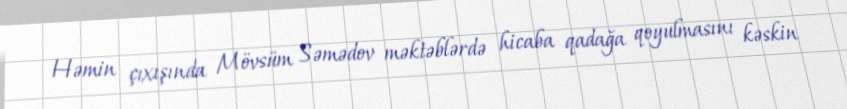
Həmin çıxışında Mövsüm Səmədov məktəblərdə hicaba qadağa qoyulmasını kəskin